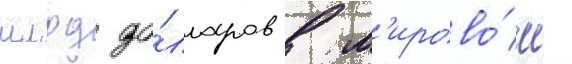
млрд до́лларов в м'ирово́м